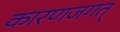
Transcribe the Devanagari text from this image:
कारणजगत्